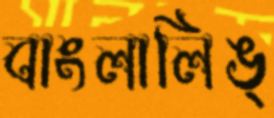
বাংলালিঙ্